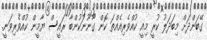
ގޭބަންދަށް މިބަދަލު ކުރީ މިއީ ކުއްވެރިއެއްތަ ކޮން ގާނޫނަކުންބާ ރައީސް ޔާމީން ކުއްވެރިވަނީ.